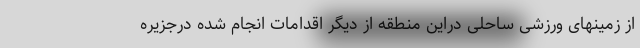
از زمینهای ورزشی ساحلی دراین منطقه از دیگر اقدامات انجام شده درجزیره